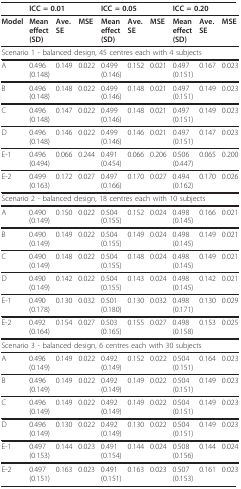
<table><thead><tr><td></td><td colspan="3"><b>ICC = 0.01</b></td><td colspan="3"><b>ICC = 0.05</b></td><td colspan="3"><b>ICC = 0.20</b></td></tr></thead><tbody><tr><td><b>Model</b></td><td><b>Mean</b><b>effect</b><b>(SD)</b></td><td><b>Ave</b>.<b>SE</b></td><td><b>MSE</b></td><td><b>Mean</b><b>effect</b><b>(SD)</b></td><td><b>Ave</b>.<b>SE</b></td><td><b>MSE</b></td><td><b>Mean</b><b>effect</b><b>(SD)</b></td><td><b>Ave</b>.<b>SE</b></td><td><b>MSE</b></td></tr><tr><td colspan="10">Scenario 1 - balanced design, 45 centres each with 4 subjects</td></tr><tr><td>A</td><td>0.496(0.148)</td><td>0.149</td><td>0.022</td><td>0.499(0.146)</td><td>0.152</td><td>0.021</td><td>0.497(0.151)</td><td>0.167</td><td>0.023</td></tr><tr><td>B</td><td>0.496(0.148)</td><td>0.148</td><td>0.022</td><td>0.499(0.146)</td><td>0.148</td><td>0.021</td><td>0.497(0.151)</td><td>0.149</td><td>0.023</td></tr><tr><td>C</td><td>0.496(0.148)</td><td>0.147</td><td>0.022</td><td>0.499(0.146)</td><td>0.148</td><td>0.021</td><td>0.497(0.151)</td><td>0.149</td><td>0.023</td></tr><tr><td>D</td><td>0.496(0.148)</td><td>0.146</td><td>0.022</td><td>0.499(0.146)</td><td>0.146</td><td>0.021</td><td>0.497(0.151)</td><td>0.147</td><td>0.023</td></tr><tr><td>E-1</td><td>0.496(0.494)</td><td>0.066</td><td>0.244</td><td>0.491(0.454)</td><td>0.066</td><td>0.206</td><td>0.506(0.447)</td><td>0.065</td><td>0.200</td></tr><tr><td>E-2</td><td>0.499(0.163)</td><td>0.172</td><td>0.027</td><td>0.497(0.166)</td><td>0.170</td><td>0.027</td><td>0.494(0.162)</td><td>0.170</td><td>0.026</td></tr><tr><td colspan="10">Scenario 2 - balanced design, 18 centres each with 10 subjects</td></tr><tr><td>A</td><td>0.490(0.149)</td><td>0.150</td><td>0.022</td><td>0.504(0.155)</td><td>0.152</td><td>0.024</td><td>0.498(0.145)</td><td>0.166</td><td>0.021</td></tr><tr><td>B</td><td>0.490(0.149)</td><td>0.149</td><td>0.022</td><td>0.504(0.155)</td><td>0.149</td><td>0.024</td><td>0.498(0.145)</td><td>0.149</td><td>0.021</td></tr><tr><td>C</td><td>0.490(0.149)</td><td>0.148</td><td>0.022</td><td>0.504(0.155)</td><td>0.148</td><td>0.024</td><td>0.498(0.145)</td><td>0.149</td><td>0.021</td></tr><tr><td>D</td><td>0.490(0.149)</td><td>0.142</td><td>0.022</td><td>0.504(0.155)</td><td>0.143</td><td>0.024</td><td>0.498(0.145)</td><td>0.142</td><td>0.021</td></tr><tr><td>E-1</td><td>0.490(0.178)</td><td>0.130</td><td>0.032</td><td>0.501(0.180)</td><td>0.130</td><td>0.032</td><td>0.498(0.171)</td><td>0.130</td><td>0.029</td></tr><tr><td>E-2</td><td>0.492(0.164)</td><td>0.154</td><td>0.027</td><td>0.503(0.165)</td><td>0.155</td><td>0.027</td><td>0.498(0.158)</td><td>0.153</td><td>0.025</td></tr><tr><td colspan="10">Scenario 3 - balanced design, 6 centres each with 30 subjects</td></tr><tr><td>A</td><td>0.496(0.149)</td><td>0.149</td><td>0.022</td><td>0.492(0.149)</td><td>0.152</td><td>0.022</td><td>0.504(0.151)</td><td>0.164</td><td>0.023</td></tr><tr><td>B</td><td>0.496(0.149)</td><td>0.149</td><td>0.022</td><td>0.492(0.149)</td><td>0.149</td><td>0.022</td><td>0.504(0.151)</td><td>0.149</td><td>0.023</td></tr><tr><td>C</td><td>0.496(0.149)</td><td>0.149</td><td>0.022</td><td>0.492(0.149)</td><td>0.149</td><td>0.022</td><td>0.504(0.151)</td><td>0.149</td><td>0.023</td></tr><tr><td>D</td><td>0.496(0.149)</td><td>0.130</td><td>0.022</td><td>0.492(0.149)</td><td>0.130</td><td>0.022</td><td>0.504(0.151)</td><td>0.149</td><td>0.023</td></tr><tr><td>E-1</td><td>0.497(0.153)</td><td>0.144</td><td>0.023</td><td>0.491(0.154)</td><td>0.144</td><td>0.024</td><td>0.508(0.156)</td><td>0.144</td><td>0.024</td></tr><tr><td>E-2</td><td>0.497(0.151)</td><td>0.163</td><td>0.023</td><td>0.491(0.151)</td><td>0.163</td><td>0.023</td><td>0.507(0.153)</td><td>0.161</td><td>0.023</td></tr></tbody></table>